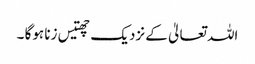
اللہ تعالیٰ کے نزدیک چھتیس زنا ہوگا ۔